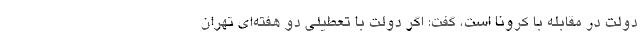
دولت در مقابله با کرونا است، گفت: اگر دولت با تعطیلی دو هفته‌ای تهران